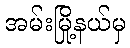
အမ်းမြို့နယ်မှ